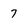
Character: 7